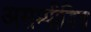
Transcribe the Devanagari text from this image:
असम्पीडित